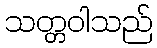
သတ္တဝါသည်